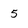
Character: 5